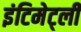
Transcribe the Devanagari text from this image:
इंटिमेट्ली